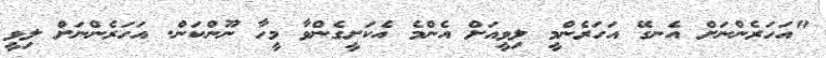
"އަހަރެންނަށް އެނގޭ އަހަރެންމީ ލިވީއަށް އެންމެ އެކަށީގެންވާ މީހާ ނޫންކަން. އަހަރެންނަށް ލިވީ